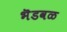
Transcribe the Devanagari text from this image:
भॆडवळ